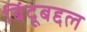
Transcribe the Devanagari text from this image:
बिंदूबद्दल